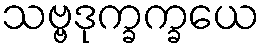
သဗ္ဗဒုက္ခက္ခယေ